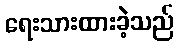
ရေးသားထားခဲ့သည်